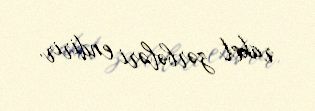
raket zərbələri endirir.